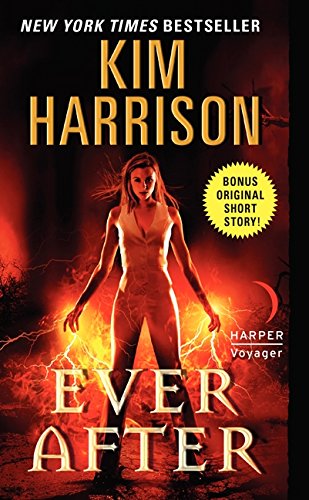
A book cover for Ever After (Hollows); Kim Harrison; Science Fiction & Fantasy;